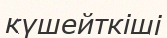
күшейткіші